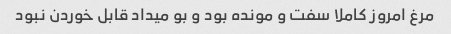
مرغ امروز کاملا سفت و مونده بود و بو میداد قابل خوردن نبود